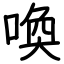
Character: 喚